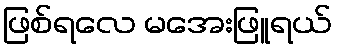
ဖြစ်ရလေ မအေးဖြူရယ်